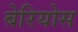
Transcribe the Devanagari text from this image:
बेरियोस